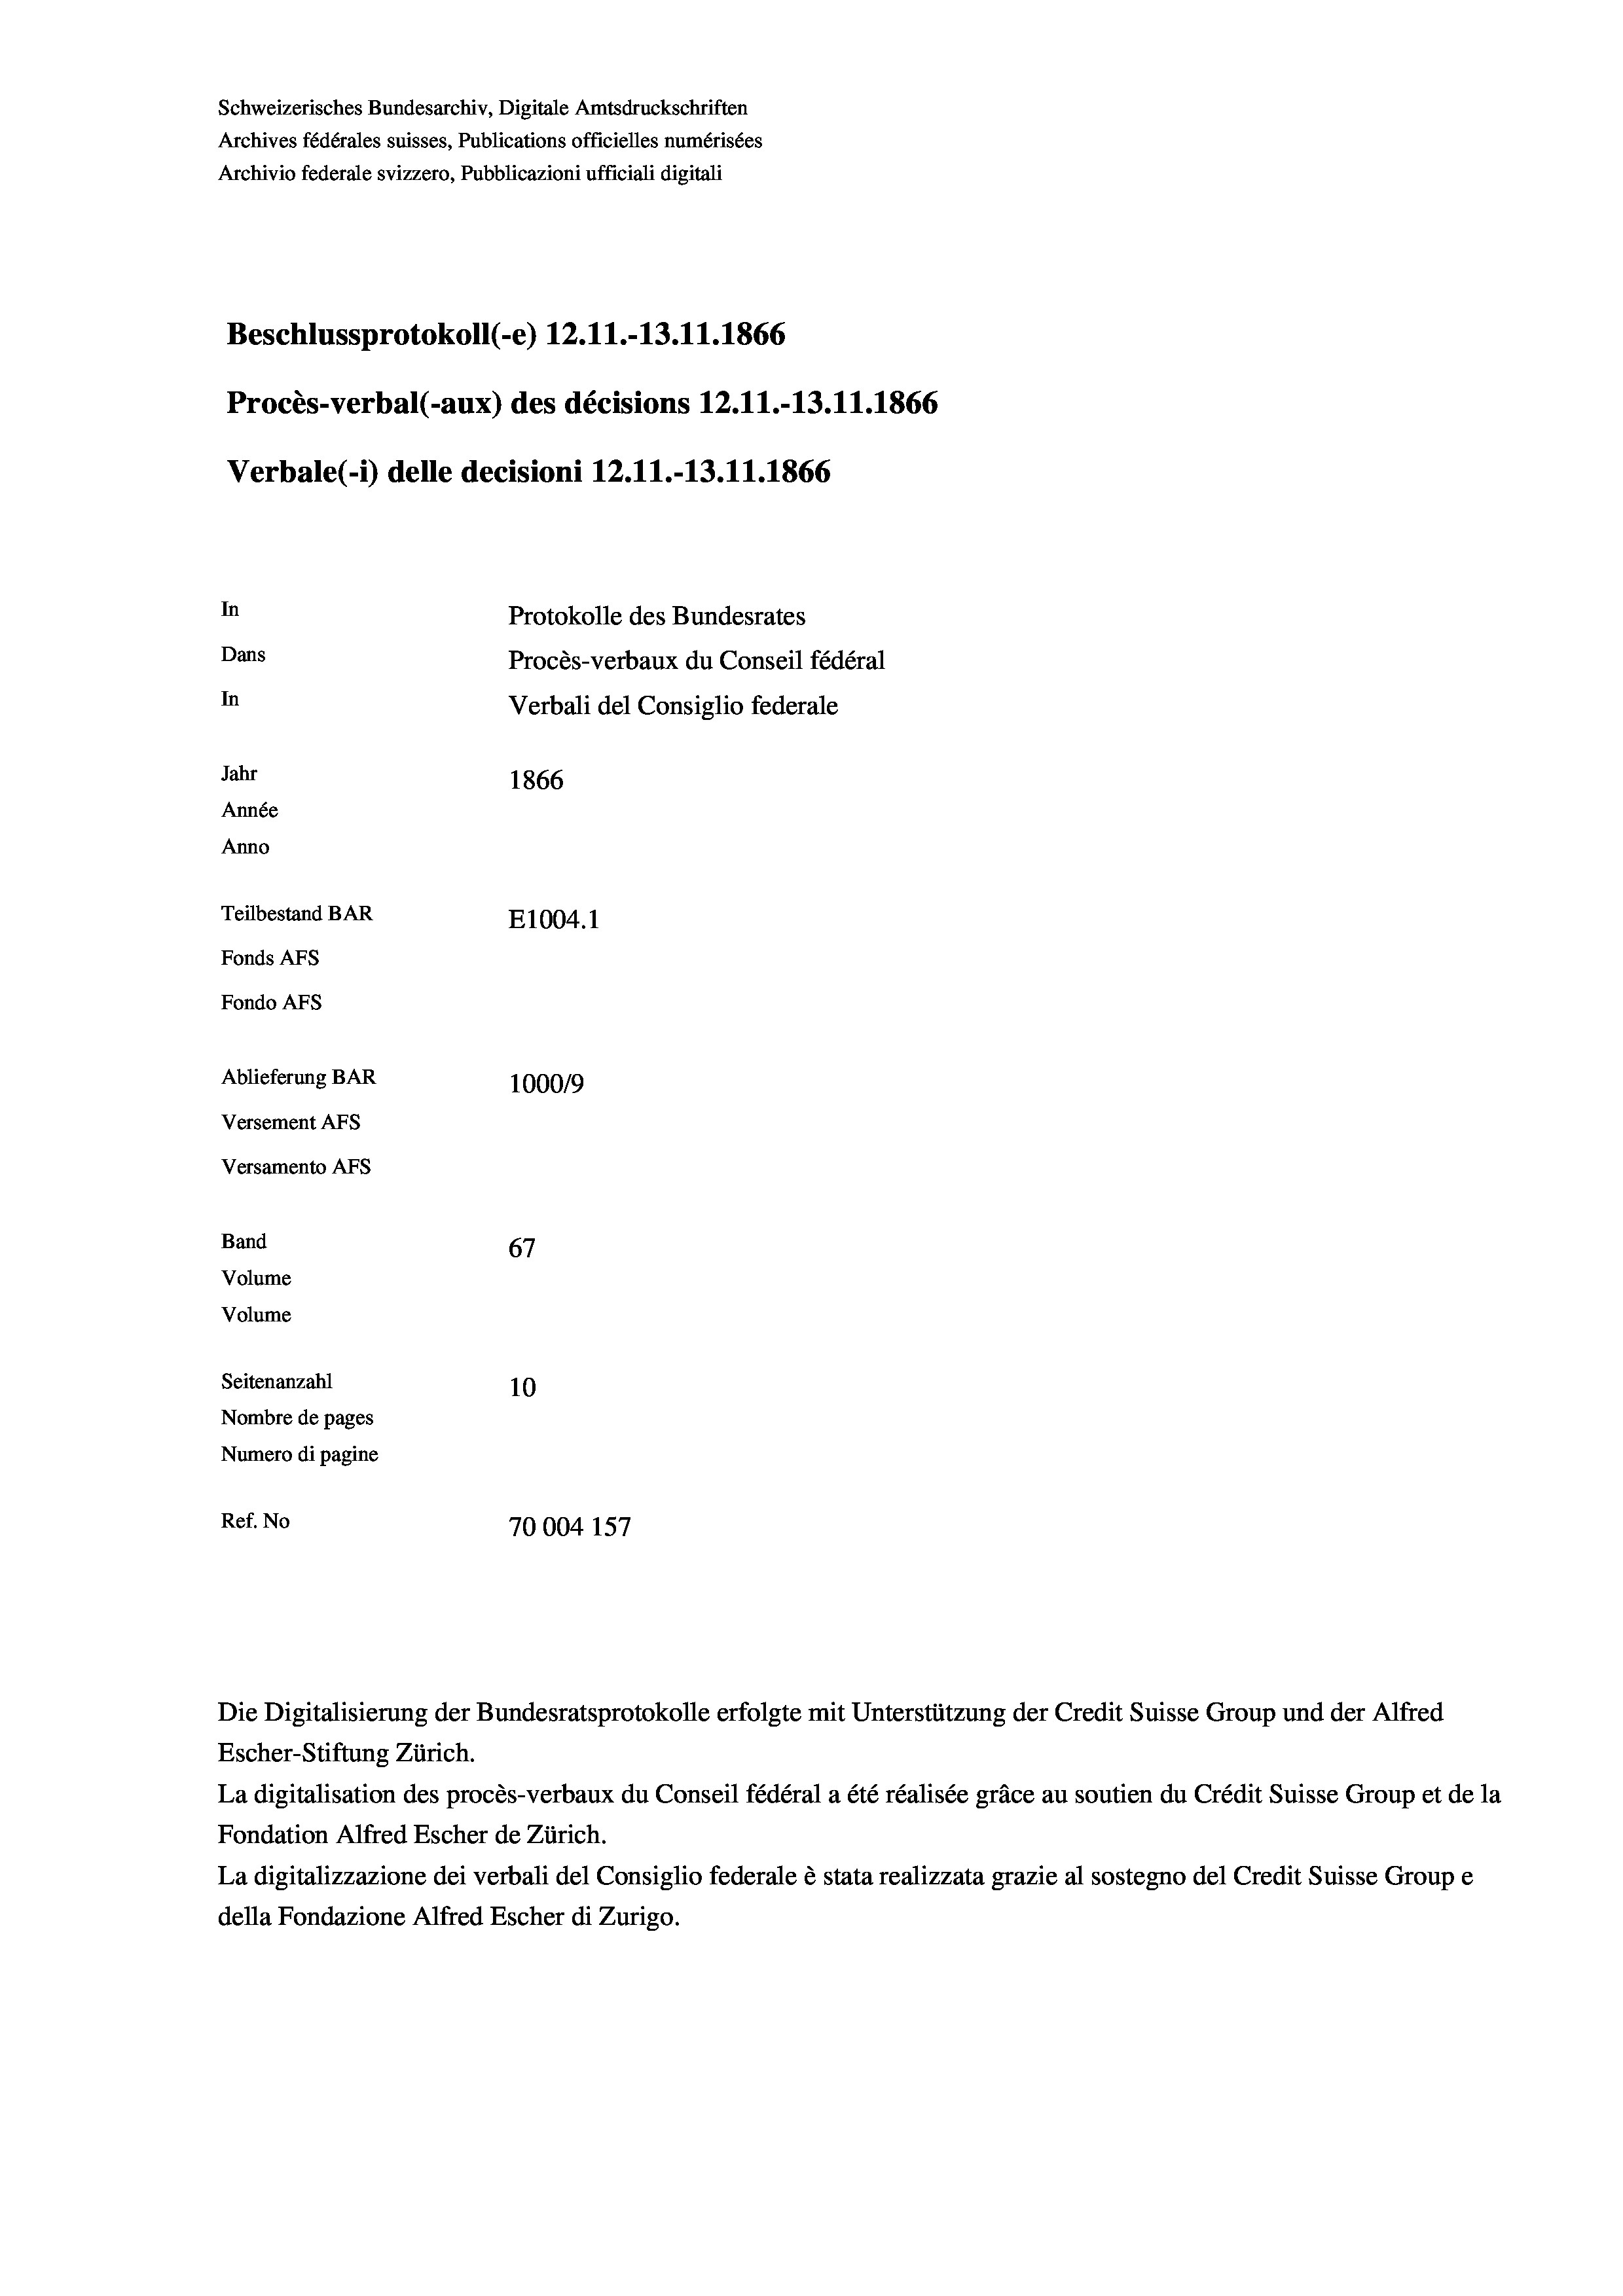
Schweizerisches Bundesarchiv, Digitale Amtsdruckschriften
Archives fédérales suisses, Publications officielles numérisées
Archivio federale svizzero, Pubblicazioni ufficiali digitali
Beschlussprotokoll (-e) 12.11.-13.11.1866
Procès-verbal (-aux) des décisions 12.11.-13.11.1866
Verbale (i) delle decisioni 12.11.-13.11.1866
In
Protokolle des Bundesrates
Dans
Procès-verbaux du Conseil fédéral
In
Verbali del Consiglio federale
Jahr
1866
Année
Anno
Teilbestand BAR
E1004. 1
Fonds AFs
Fondo Afs
Ablieferung BAR
1000/9
Versement AFs
Versamento AFS
Band
67
Volume
Volume
Seitenanzahl
10
Nombre de pages
Numero di pagine
Ref. No
70004 157

Escher-Stiftung Zürich.
La digitalisation des procès-verbaux du Conseil fédéral a été réalisée gräce au soutien du Crédit Suisse Group et de la
Fondation Alfred Escher de Zürich.
La digitalizzazione dei verbali del Consiglio federale è stata realizzata grazie al sostegno del Credit Suisse Groupe
della Fondazione Alfred Escher di Zurigo.

Die Digitalisierung der Bundesratsprotokolle erfolgte mit Unterstützung der Credit Suisse Group und der Alfred